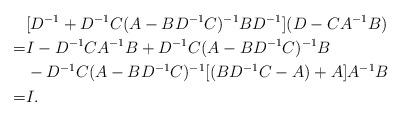
LaTeX: \begin{align*} &[D^{-1}+D^{-1}C(A-BD^{-1}C)^{-1}BD^{-1}](D-CA^{-1}B)\\ =& I-D^{-1}CA^{-1}B+D^{-1}C(A-BD^{-1}C)^{-1}B \\ &-D^{-1}C(A-BD^{-1}C)^{-1}[(BD^{-1}C-A)+A]A^{-1}B\\ =& I.\end{align*}